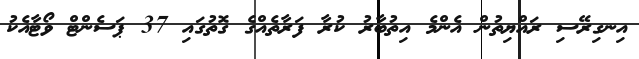
އިނގިރޭސި ރައްޔިތުން އެންމެ އިތުބާރު ކުރާ ފަރާތެއްގެ ގޮތުގައި 37 ޕަސެންޓް ވޯޓާއެކު